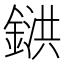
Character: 𨩅